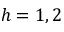
h = 1 , 2